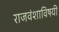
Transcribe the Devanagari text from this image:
राजवंशाविषयी